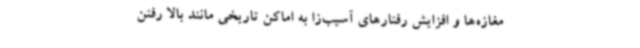
مغازه‌ها و افزایش رفتارهای آسیب‌زا به اماکن تاریخی مانند بالا رفتن